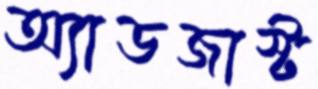
অ্যাডজাস্ট